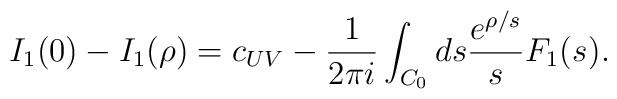
I_1(0)-I_1(\rho)=c_{UV}-\frac{1}{2\pi i}\int_{C_0}ds\frac{e^{\rho/ s}}{s}F_1(s^{}).